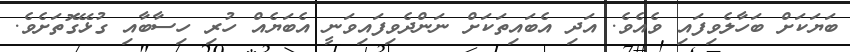
ބަޔަކަށް ބަހާލެވިފައި ވެއެވެ. އަދި އެބައިތަކަށް ނަންދެވިފައިވަނީ އެބަޔެއް ހުރި ހިސާބާއި ގުޅޭގޮތަށެވެ.